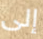
إلى